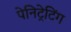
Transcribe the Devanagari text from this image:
पेनिट्रेटिंग